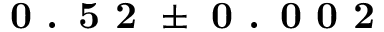
\textbf { 0 . 5 2 } \pm \textbf { 0 . 0 0 2 }